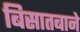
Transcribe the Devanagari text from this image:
बिसातबाने